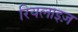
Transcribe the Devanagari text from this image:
रियलाइज़